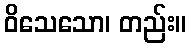
ဝိသေသော၊ တည်း။